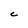
Character: C